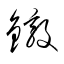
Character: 鐓